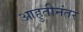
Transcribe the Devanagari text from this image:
आहुतीनंतर